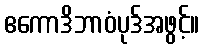
ဧကောဒိဘာဝံပုဒ်အဖွင့်။